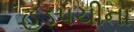
હડપચીનો